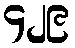
၄၂၉